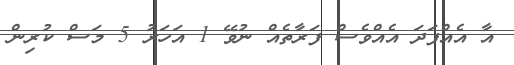
އާ އެއްފަދަ އެެއްވެސް ފަރާތެއް ނުވޭ 1 އަހަރު 5 މަސް ކުރިން